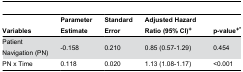
<table><thead><tr><td><b>Variables</b></td><td><b>Parameter Estimate</b></td><td><b>Standard Error</b></td><td><b>Adjusted Hazard Ratio (95% CI)<sup>+</sup></b></td><td><b>p-value<sup>+*</sup></b></td></tr></thead><tbody><tr><td>Patient Navigation (PN)</td><td>-0.158</td><td>0.210</td><td>0.85 (0.57-1.29)</td><td>0.454</td></tr><tr><td>PN x Time</td><td>0.118</td><td>0.020</td><td>1.13 (1.08-1.17)</td><td>&lt;0.001</td></tr></tbody></table>